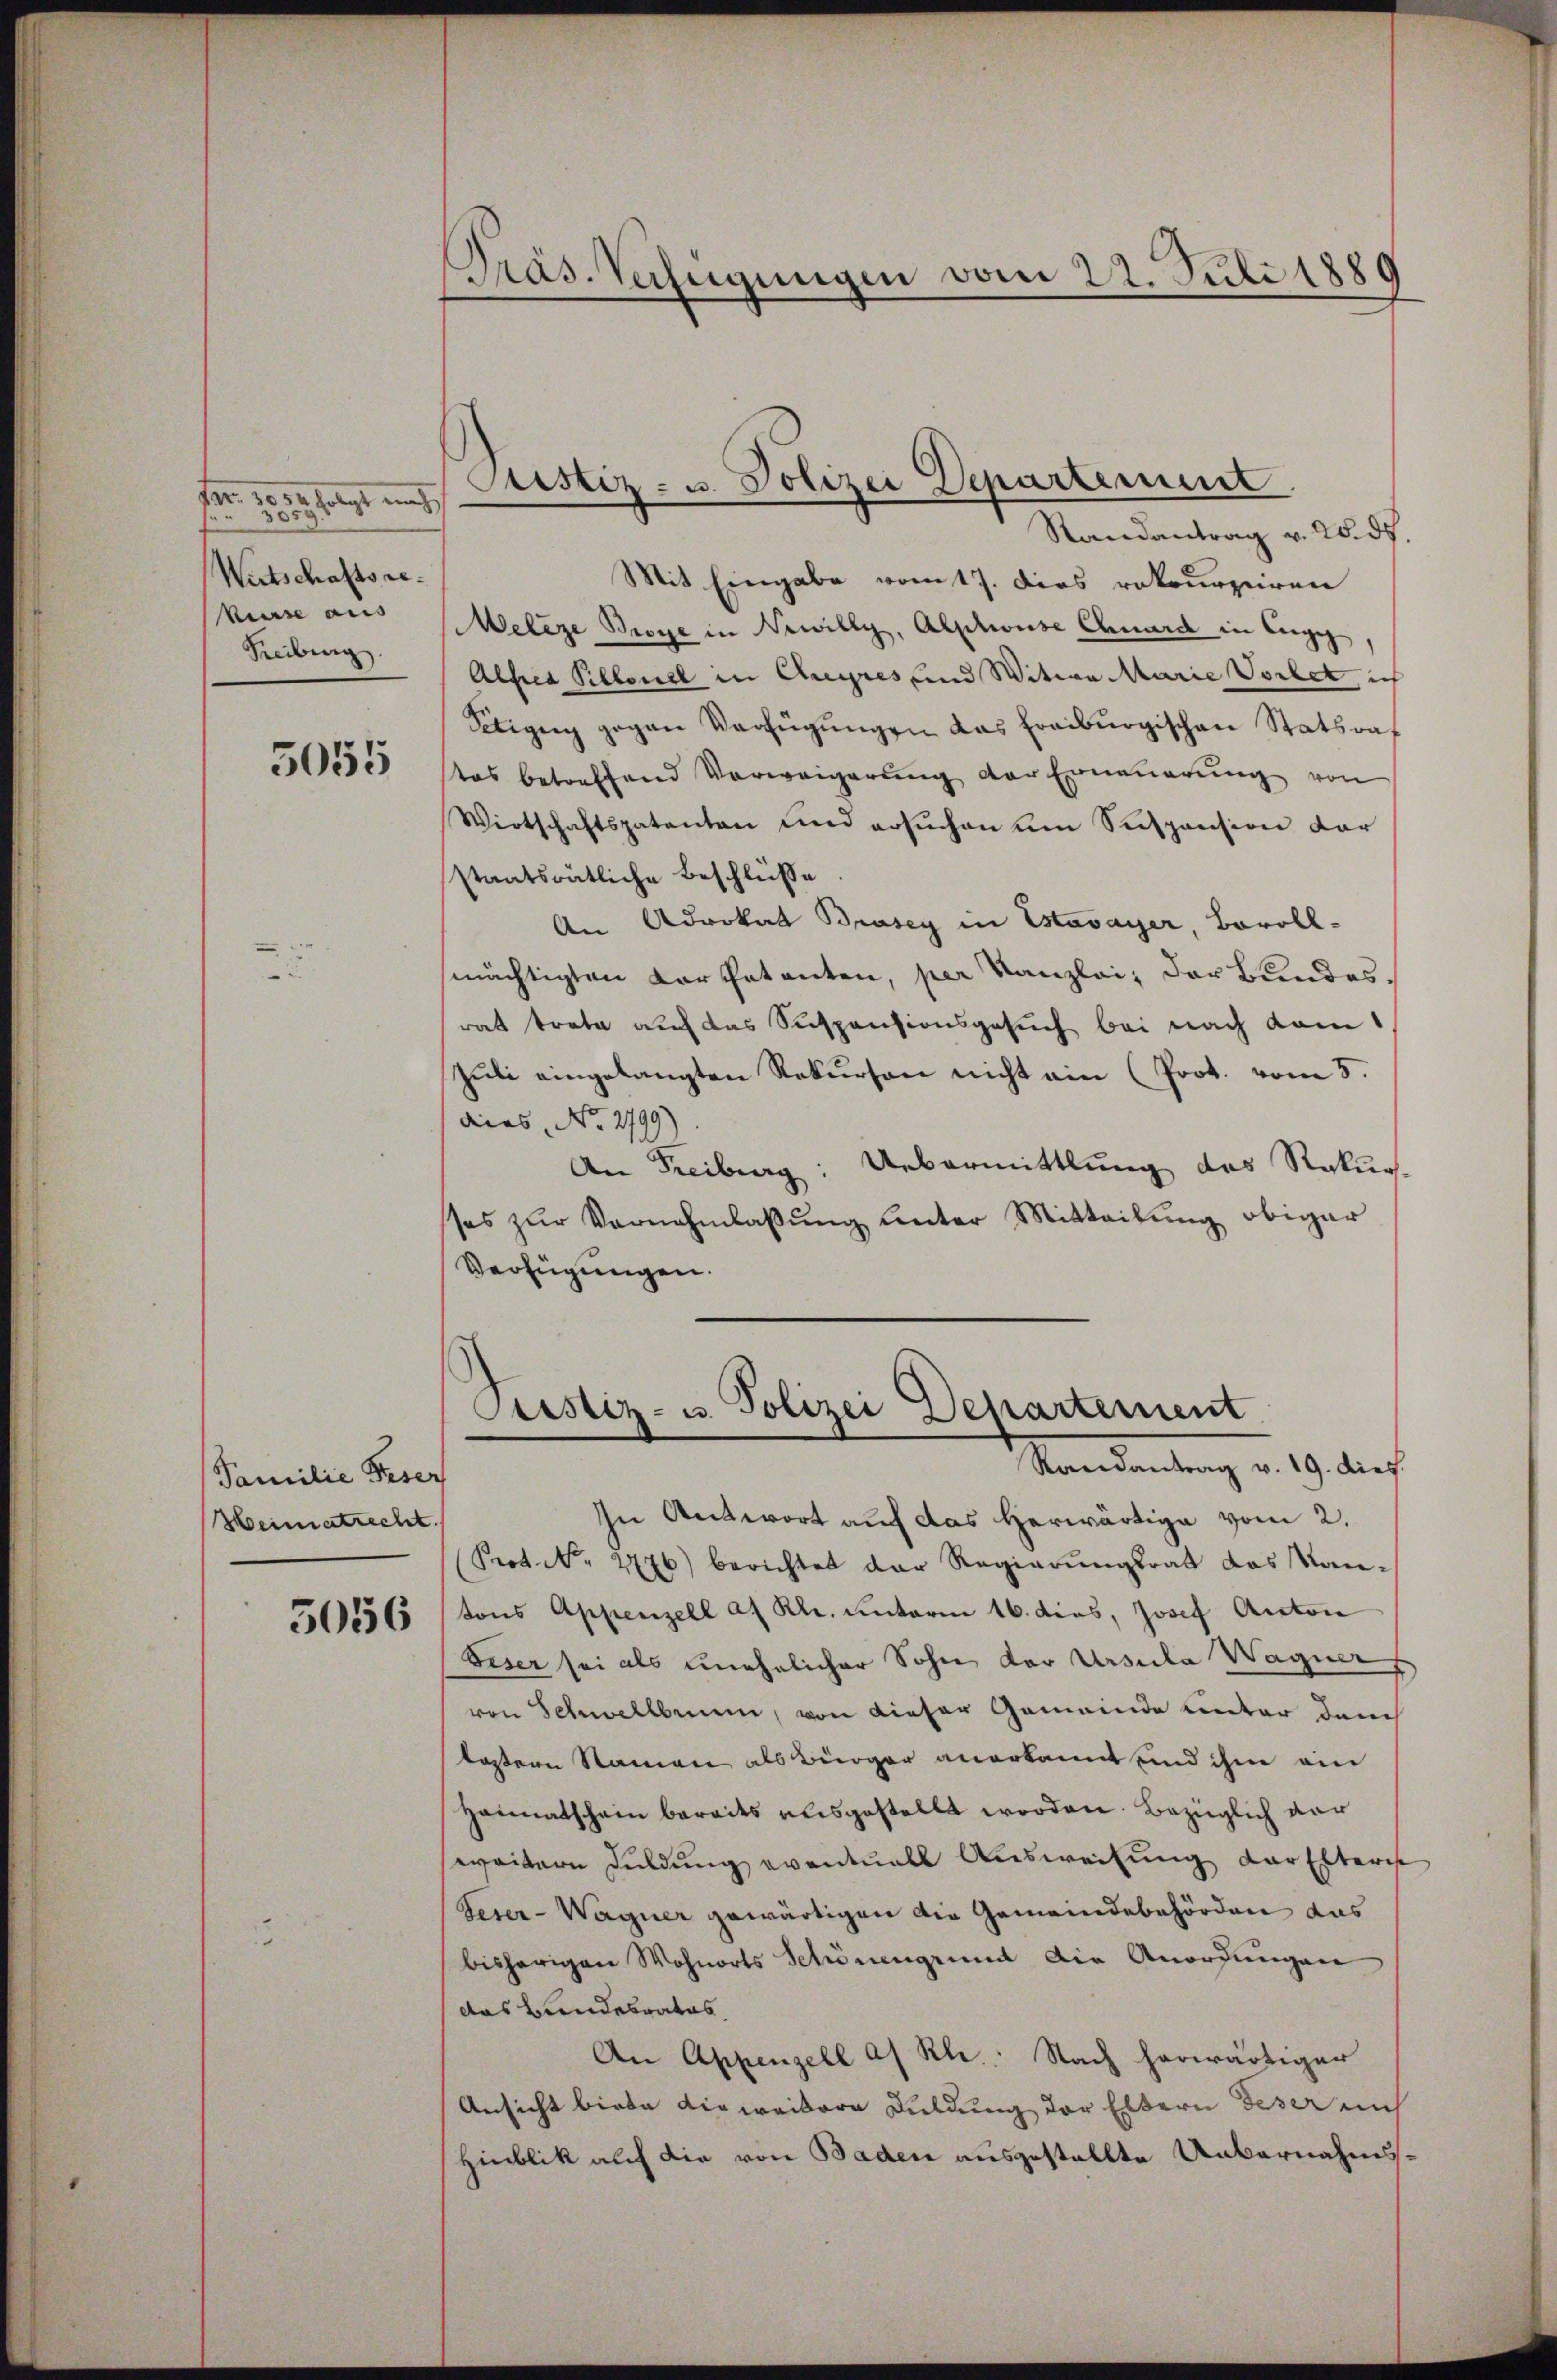
Fr. 1000 folgt mich
Wirtschaftsre
kurse aus
Freiburg.

5055

Familie Feser
Heimatrecht.

5056

Präs. Verfügungen vom 22. Juli 1889

Justiz- u. Polizei Departement

Randantrag v. 2. ds.
Mit Eingabe vom 17. dies rekurrieren
Weleze Broye in Newilly, Abschweise Chard in Carge,
Alfca Pillonel in Creyres und Witwe Marie Vorbet, in
Sitigung gegen Verfügŭngen das Freiburgischen Statsraf
tas betreffend Verweigerŭng der Erneŭerŭng von
Wirtschaftspatenten und ersŭchen um Suspension dar
staatsrätliche Beschlüße
An Advokat Brasey in Estavayer, Bovollmächtigten Kartetenten, per Kanzlei, der Bundesrat trate auch das Suspensionsgesuch bei nach dam
Jŭli eingelangten Rekurson nicht ain (Prot. vom 5.
dieas No. 2799).
An Freiburg: Uebermittlung das Rekurs
ses zŭr Vernehmlassŭng unter Mitteilŭng obiger
Verfügungen.
Custiz- u. Polizei Departement
Mandantung v. 19. Auf
In Antwort auf das herwärtige vom 2.
Prot. No. 2776) berichtet der Regierŭngsrat das Kan-
tons Appenzell a. Rh. unterm 16. dies, Josef Anton
Seser sei als unehelicher Sohn der Ursula Wagner
von Schwellbrunn, von dieser Gemeinde Unter danch
lastern Namen als Bürger anerkannt und ihm am
Heimatschein bereits ausgestellt worden. Bezüglich vor
weitere Duldung eventuell Ausweisung der Elterist
Feser-Wagner gewärtigen die Gemeindebehörden das
bisherigen Wohnorts Schönengrund die Anordungen
das Bundesrates
An Appenzell a. Rh.: Nach herwärtiger
Ansicht biede die weitere Duldung der Eltern Deser mich
Hinblik auf die von Baden ausgestellte Unbernahmss¬